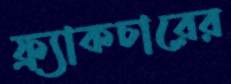
ফ্র্যাকচারের